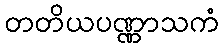
တတိယပဏ္ဏာသကံ